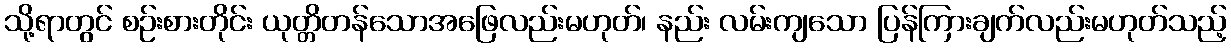
သို့ရာတွင် စဉ်းစားတိုင်း ယုတ္တိတန်သောအဖြေလည်းမဟုတ်၊ နည်း လမ်းကျသော ပြန်ကြားချက်လည်းမဟုတ်သည့်